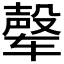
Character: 𰺘